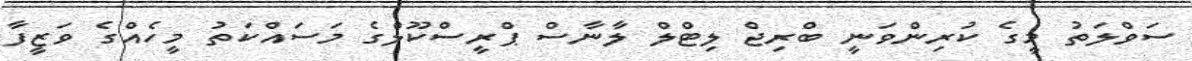
ސަވްލަތު މީގެ ކުރިންވަނީ ބްރިޖް ލިޓްލް ލާނާސް ޕްރީސްކޫލްގެ މަސައްކަތު މީހެއްގެ ވަޒީފާ